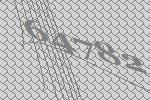
64782